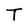
Character: T